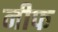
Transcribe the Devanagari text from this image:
नीफ